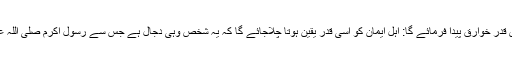
اس کے برعکس مضبوط ایمان والوں کا عالم یہ ہوگا کہ وہ جس قدر خوارق پیدا فرمائے گا: اہل ایمان کو اسی قدر یقین ہوتا چلاجائے گا کہ یہ شخص وہی دجال ہے جس سے رسول اکرم صلی اللہ علیہ وسلم نے اپنی امتیوں کو ڈرایا ہے اور انہیں ہوشیار کیا ہے۔